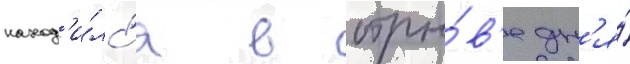
наход'и́лс'я в отры́в'е дн'я́